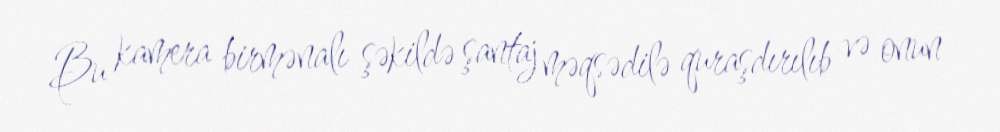
Bu kamera birmənalı şəkildə şantaj məqsədilə quraşdırılıb və onun